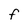
Character: F